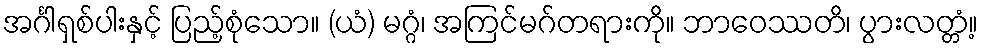
အင်္ဂါရှစ်ပါးနှင့် ပြည့်စုံသော။ (ယံ) မဂ္ဂံ၊ အကြင်မဂ်တရားကို။ ဘာဝေဿတိ၊ ပွားလတ္တံ့။